Jaan_Tonisson_(Lasteleht), lk 84
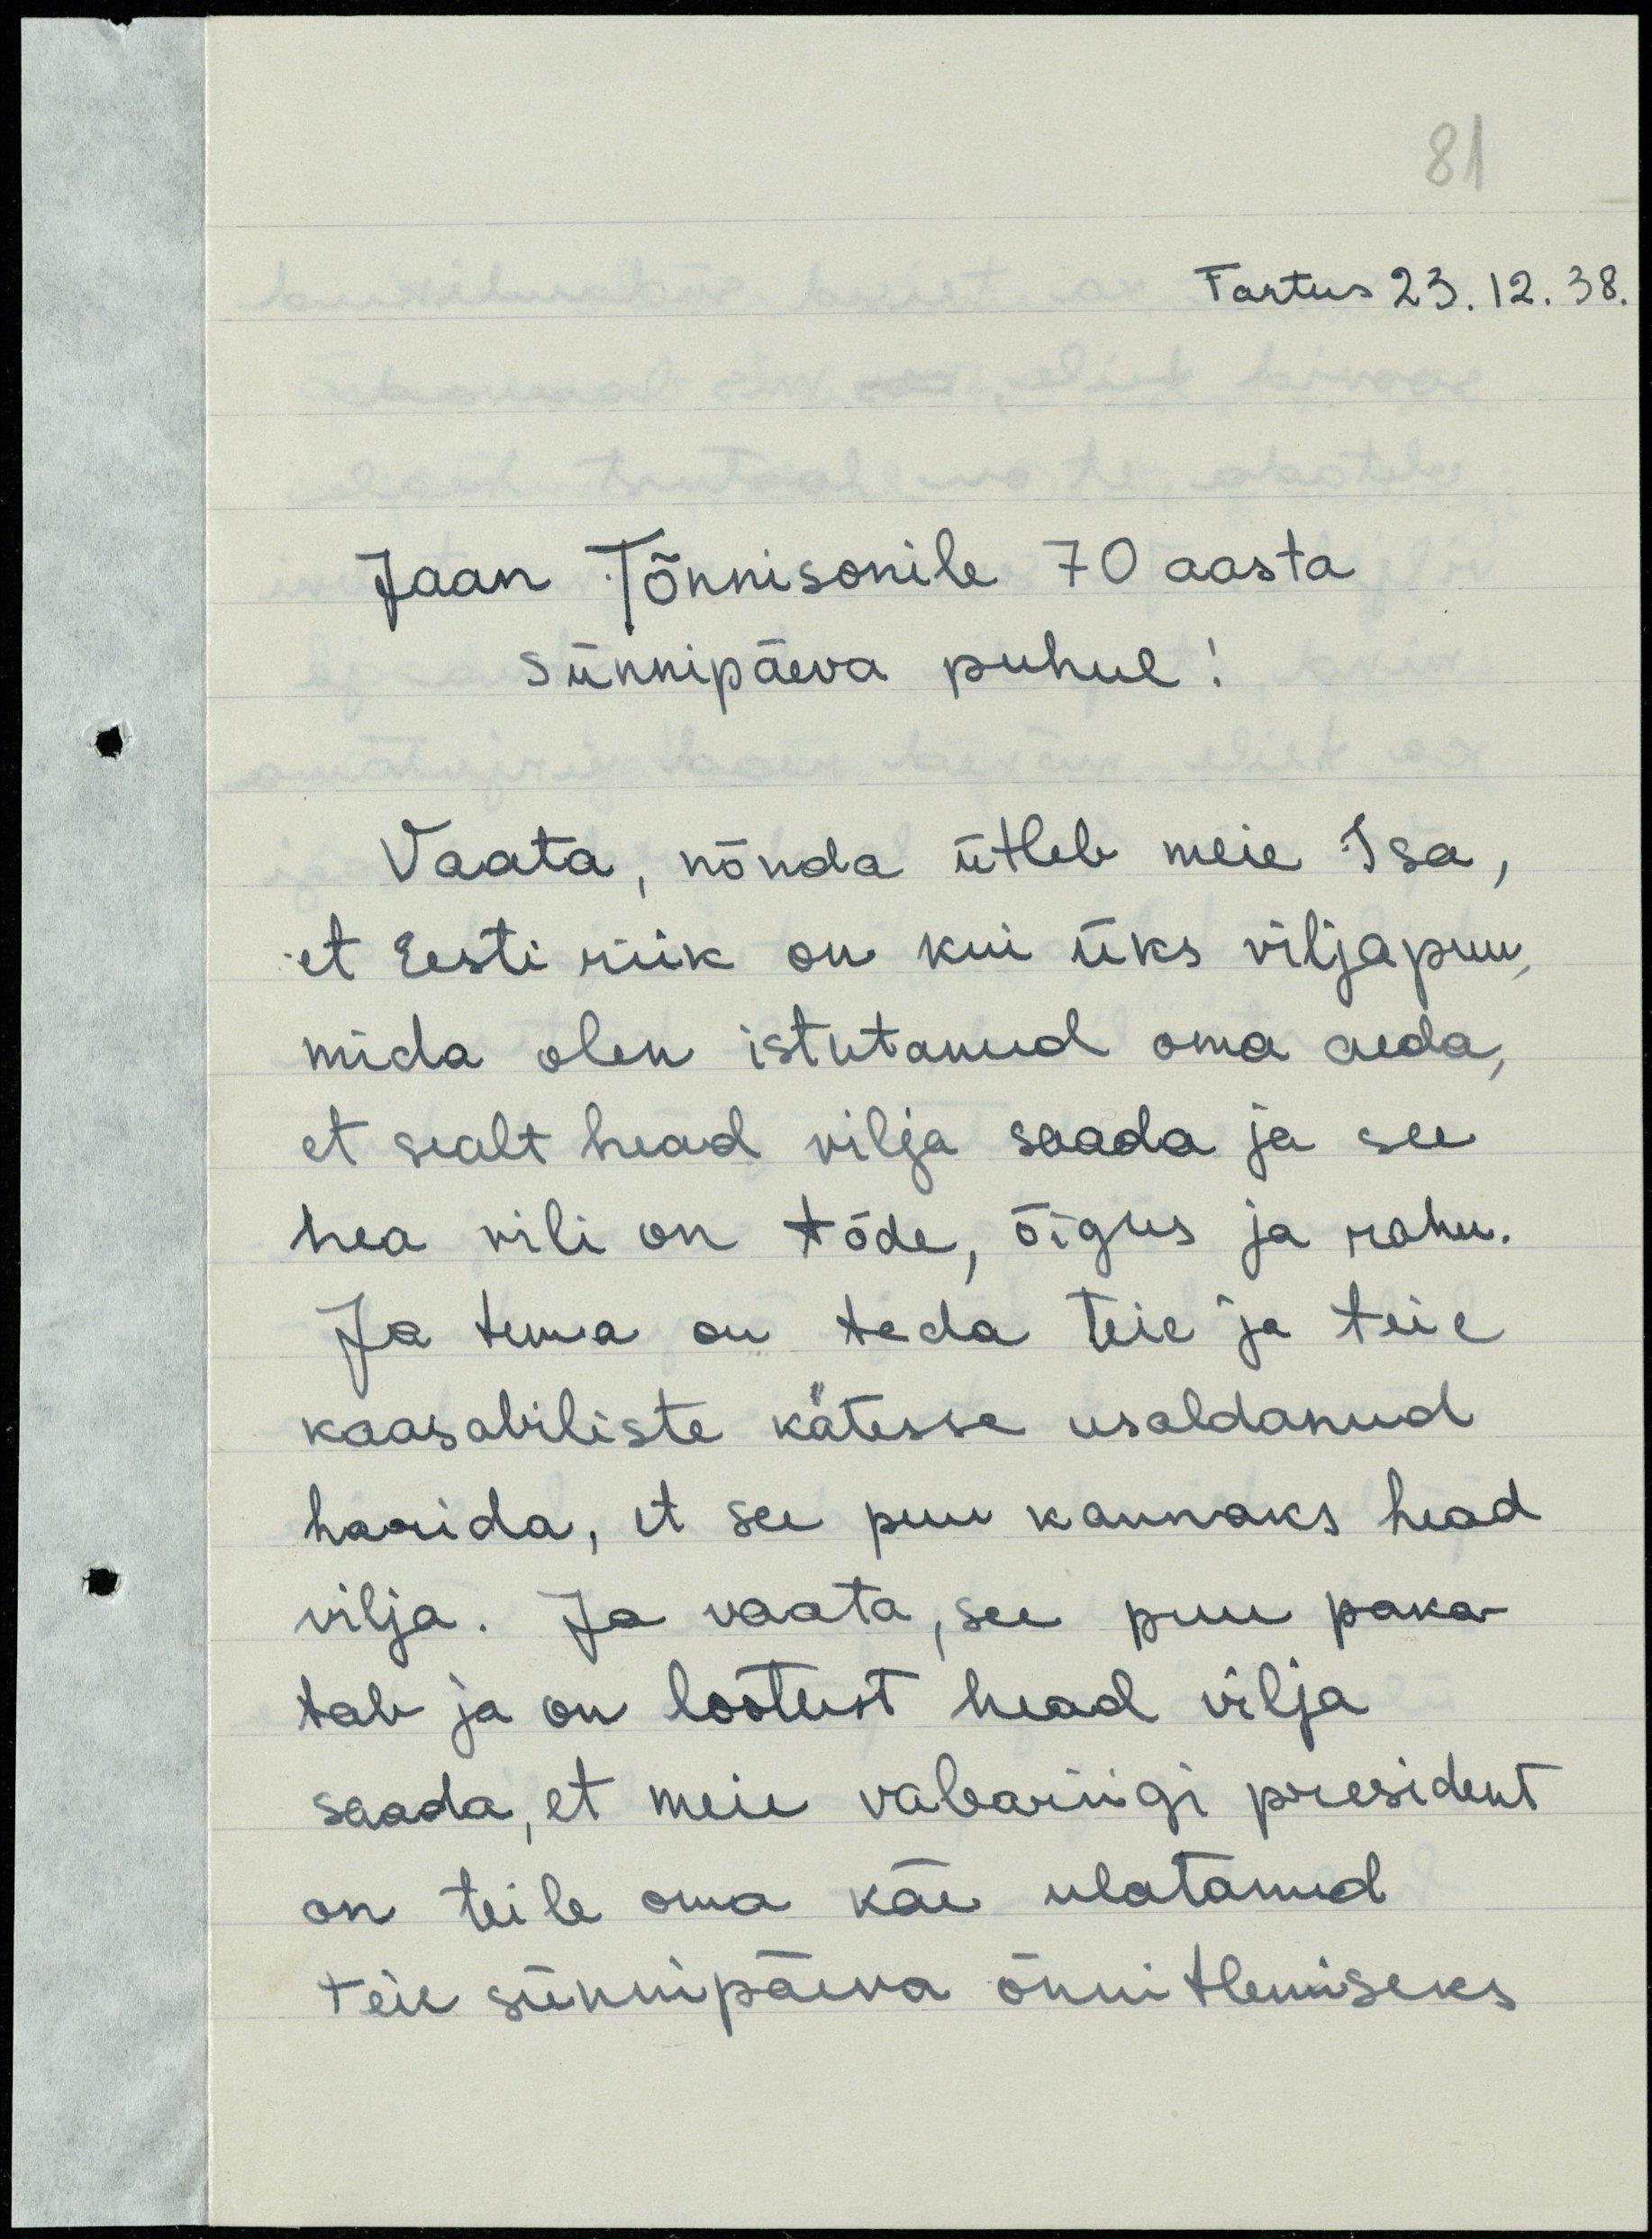
81

Tartus 23.12.38.
Jaan Tõnnisonile 70 aasta
Sünnipäeva puhul!
Vaata, nõnda ütleb meie Isa,
et Eesti riik on kui üks viljapuu
mida olen istutanud oma aeda,
et sealt head vilja saada ja see
hea vili on tõde, õigus ja rahu.
Ja tema on teda teie ja teie
kaasabiliste kätesse usaldanud
harida, et see puu kannaks head
vilja. Ja vaata, see puu paka-
tab ja on lootust head vilja
saada, et meie vabariigi president
on teile oma käe ulatanud
Teie sünnipäeva õnnitlemiseks